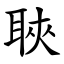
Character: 聗